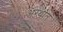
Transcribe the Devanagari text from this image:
अरथात